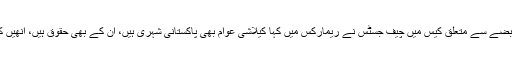
اسلام آباد : کیلاش قبیلے کی زمین پر قبضے سے متعلق کیس میں چیف جسٹس نے ریمارکس میں کہا کیلاشی عوام بھی پاکستانی شہری ہیں، ان کے بھی حقوق ہیں، انھیں کلمہ پڑھنے پر مجبور نہیں کیا جاسکتا۔